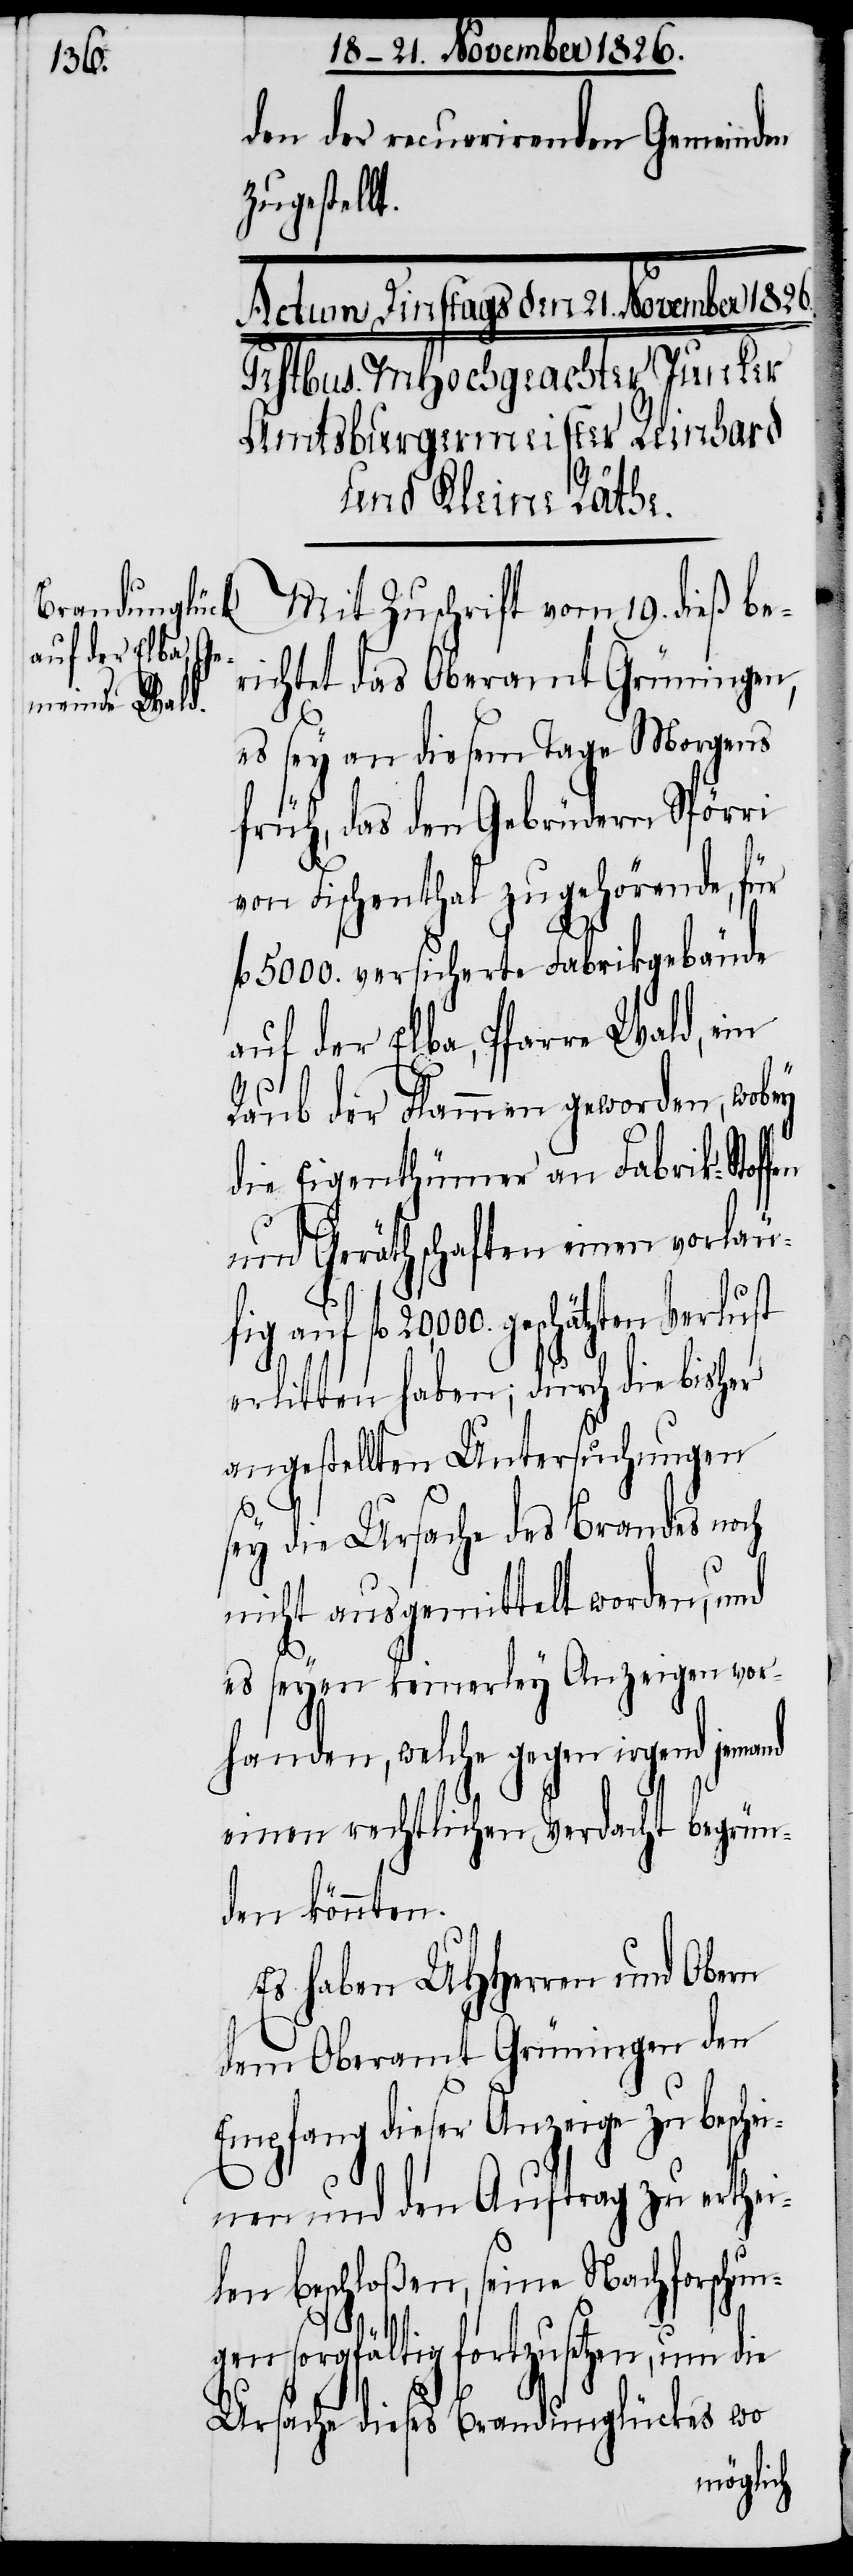
fig

den der recurrirenden Gemeinden
zugestellt.
Mit Zuschrift vom 19. dieß be¬
richtet das Oberamt Grüningen,
es sey an diesem Tage Morgens
früh, das den Gebrüdern Spörri
von Fischenthal zugehörende, für
fl. 5000. versicherte Fabrikgebäude
auf der Elba, Pfarre Wald, ein
Raub der Flammen geworden, wobey
die Eigenthümer an Fabrik-Stoffen
und Geräthschaften einen vorläu¬
fl. 20,000. geschätzten Verlust
erlitten haben; durch die bisher
angestellten Untersuchungen
sey die Ursache des Brandes noch
nicht ausgemittelt worden, und
es seyen keinerley Anzeigen vor¬
handen, welche gegen irgend jemand
einen rechtlichen Verdacht begrün¬
den könnten.
Es haben UHHerren und Obern
dem Oberamt Grüningen den
Empfang dieser Anzeige zu beschei¬
nen und den Auftrag zu erthei¬
len beschloßen, seine Nachforschun¬
gen sorgfältig fortzusetzen, um die
Ursache dieses Brandunglückes wo